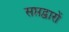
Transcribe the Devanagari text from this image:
सप्तद्वारों